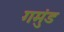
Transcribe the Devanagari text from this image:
गमुंड